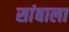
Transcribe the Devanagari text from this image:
सांबाला